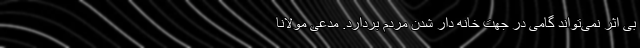
بی اثر نمی‌تواند گامی در جهت خانه دار شدن مردم بردارد. مدعی مولانا